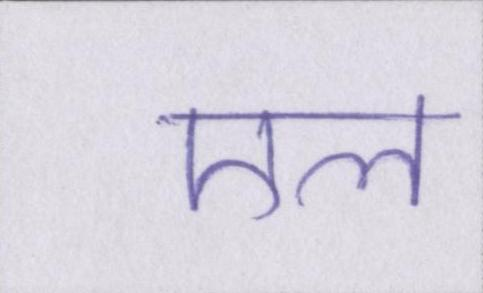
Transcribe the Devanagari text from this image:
एल